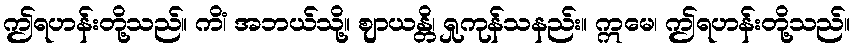
ဤရဟန်းတို့သည်။ ကိံ၊ အဘယ်သို့။ ဈာယန္တိ၊ ရှုကုန်သနည်း။ ဣမေ၊ ဤရဟန်းတို့သည်။